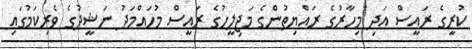
ކުރީގެ ރައީސް އަދި މިހާރުގެ ރައްޔިތުންގެ މަޖިލީހުގެ ރައީސް މުހައްމަދު ނަޝީދުގެ ވެރިކަމުގައި